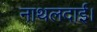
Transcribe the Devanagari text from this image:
नाथलदाई।